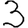
Digit: 3